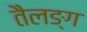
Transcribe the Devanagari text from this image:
तैलङ्ग